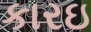
કારઇ